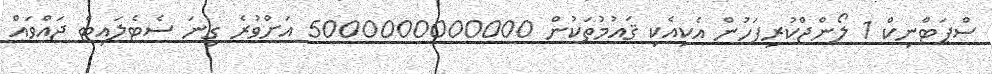
ސްޕަޓްނިކް 1 ލޯންޖްކުރިފަހުން އެކިއެކި ޤައުމުތަކުން 5000000000000 އަށްވުރެ ގިނަ ސެޓެލައިޓް ޖައްވައް